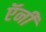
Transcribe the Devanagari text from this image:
ऍनी